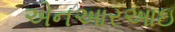
એનઆરઆઇ